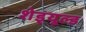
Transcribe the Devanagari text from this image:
शेड्‌यूल्ड